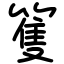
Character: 篗